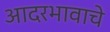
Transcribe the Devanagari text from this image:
आदरभावाचे